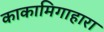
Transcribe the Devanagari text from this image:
काकामिगाहारा